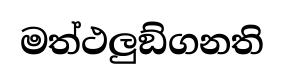
මත්ථලුඞ්ගනති